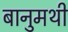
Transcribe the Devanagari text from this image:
बानुमथी